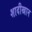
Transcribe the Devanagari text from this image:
शादीखान